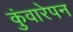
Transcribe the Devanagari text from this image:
कुंवारेपन